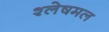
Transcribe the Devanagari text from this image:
श्लेषमल